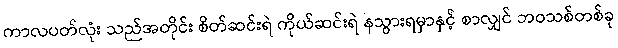
ကာလပတ်လုံး သည်အတိုင်း စိတ်ဆင်းရဲ ကိုယ်ဆင်းရဲ နသွားရမှာနှင့် စာလျှင် ဘဝသစ်တစ်ခု